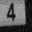
Digit: 4